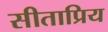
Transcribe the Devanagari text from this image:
सीताप्रिय